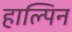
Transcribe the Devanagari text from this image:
हाल्पिन